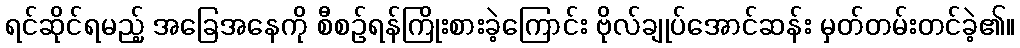
ရင်ဆိုင်ရမည့် အခြေအနေကို စီစဉ်ရန်ကြိုးစားခဲ့ကြောင်း ဗိုလ်ချုပ်အောင်ဆန်း မှတ်တမ်းတင်ခဲ့၏။